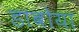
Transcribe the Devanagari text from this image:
डाबोया